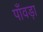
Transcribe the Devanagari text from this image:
पाँवड़ा